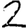
Digit: 2